Lunatic asylums Central Provinces reports 1874-1885 - 1874-1885
Year: 1874
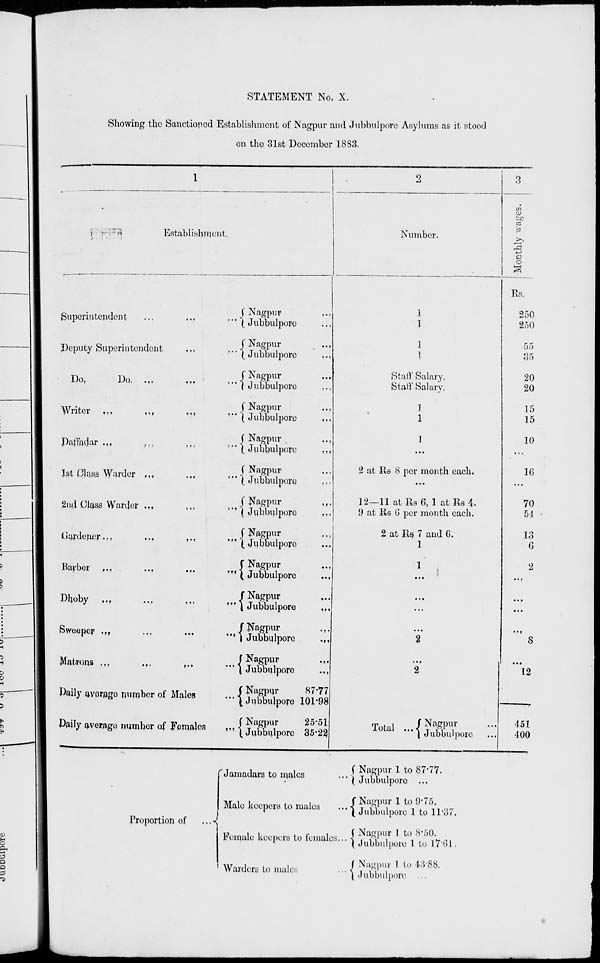
STATEMENT No. X.
Showing the Sanctioned Establishment of Nagpur and Jubbulpore Asylums as it stood
on the 31st December 1883.
1
Establishment.
Superintendent
...
...
...
Deputy Superintendent
...
...
Do,
Do. ...
...
...
Writer
...
...
...
...
Datfadar ...
...
... ...
1st Class Warder
...
...
...
2nd Class Warder ...
...
...
Gardener ...
...
...
Barber ...
...
...
...
Dhoby
...
...
...
...
Sweeper ...
...
...
...
Matrons
...
...
...
...
Daily average number of Males
...
Daily average number of Females ...
Nagpur ...
Jubbulpore ...
Nagpur ...
Jubbulpore ...
Nagpur ...
Jubbulpore
Nagpur ...
Jubbulpore ...
Nagpur ...
Jubbulpore ...
Nagpur ...
Jubbulpore ...
Nagpur ...
Jubbulpore
...
Nagpur ...
Jubbulpore ...
Nagpur
...
Jubbulpore
...
Nagpur ...
Jubbulpore ...
Nagpur ...
Jubbulpore ...
Nagpur ...
Jubbulpore ...
Nagpur
87.77
Jubbulpore 101.98
Nagpur
25.51
Jubbulpore 35.22
2
Number.
1
1
1
1
Staff Salary.
Staff Salary.
1
1
1
...
2 at Rs 8 per month each.
...
12—11 at Rs 6, 1 at Rs 4.
9 at Rs 6 per month each.
2 at Rs 7 and 6.
1
1
...
...
...
...
2
...
2
Total
... Nagpur ...
Jubbulpore ...
3
Monthly wages.
Rs.
250
250
55
35
20
20
15
15
10
...
16
...
70
54
13
6
2
...
...
...
...
8
...
12
451
400
Proportion of
...
Jamadars to males
...
Male keepers to males
...
Female keepers to females ...
Warden to
males
...
Nagpur 1 to 87.77.
Jubbulpore ...
Nagpur 1 to 9.75.
Jubbulpore 1 to 11.37.
Nagpur 1 to 8.50.
Jubbulpore 1 to 17.61.
Nagpur 1 to 43.88.
Jubbulpore